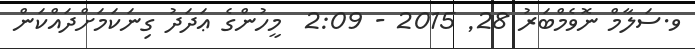
ވ.ސަލާމް ނޮވެމްބަރު 28